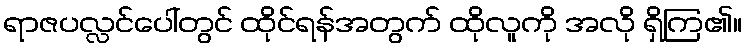
ရာဇပလ္လင်ပေါ်တွင် ထိုင်ရန်အတွက် ထိုလူကို အလို ရှိကြ၏။